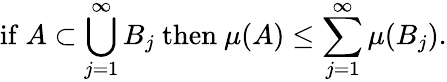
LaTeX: {\mathrm{if~}}A\subset\bigcup_{j=1}^{\infty}B_{j}{\mathrm{~then~}}\mu(A)\leq\sum_{j=1}^{\infty}\mu(B_{j}).